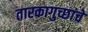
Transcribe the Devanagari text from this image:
तारकागुच्छांचे